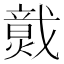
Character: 𤎷